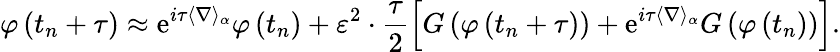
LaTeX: \varphi\left(t_{n}+\tau\right)\approx\textrm{e}^{i\tau\langle\nabla\rangle_{\alpha}}\varphi\left(t_{n}\right)+\varepsilon^{2}\cdot\frac{\tau}{2}\left[G\left(\varphi\left(t_{n}+\tau\right)\right)+\textrm{e}^{i\tau\langle\nabla\rangle_{\alpha}}G\left(\varphi\left(t_{n}\right)\right)\right].